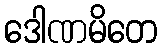
ဒေါဏမိတေ